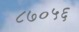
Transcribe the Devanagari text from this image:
८७०५६